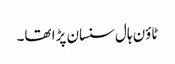
ٹاؤن ہال سنسان پڑا تھا۔